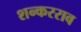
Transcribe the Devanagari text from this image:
शन्करराव